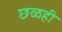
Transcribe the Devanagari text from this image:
छळही